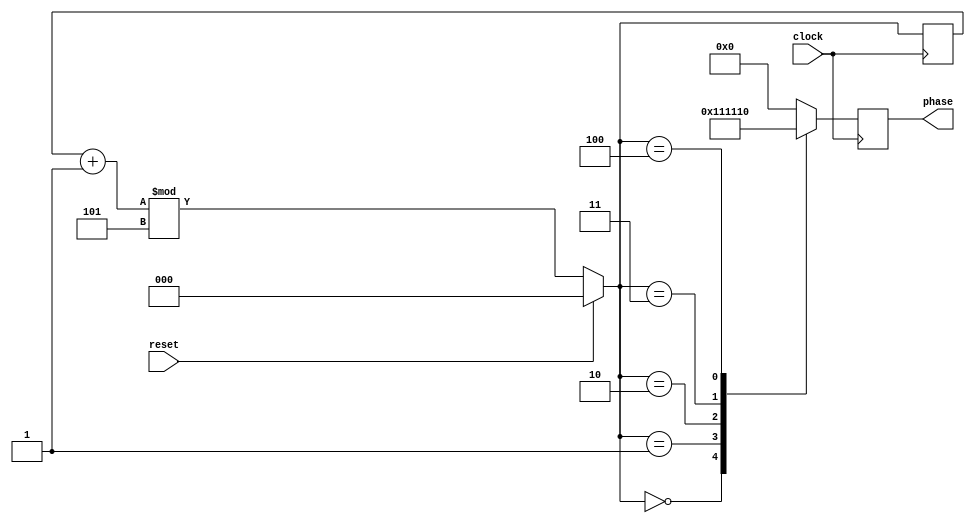
module PhaseCounter(
   input clock, reset,
   output [4:0] phase);

   reg [2:0] counter;
   reg [4:0] decode;

   initial begin
      counter = 3'b0;
      decode = 5'b0;
   end

   always @ (posedge clock) begin
      if (reset)
         counter = 3'b0;
      else
         counter = (counter + 3'b1) % 3'd5;

      case (counter)
         3'b000 : decode = 5'b00001;
         3'b001 : decode = 5'b00010;
         3'b010 : decode = 5'b00100;
         3'b011 : decode = 5'b01000;
         3'b100 : decode = 5'b10000;
         default : decode = 5'b00000;
      endcase
   end

   assign phase = decode;
endmodule